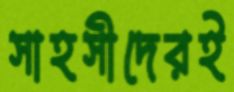
সাহসীদেরই